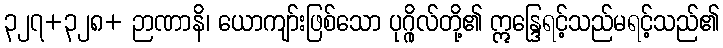
၃၂၇+၃၂၈+ ဉာဏာနိ၊ ယောကျာ်းဖြစ်သော ပုဂ္ဂိုလ်တို့၏ ဣန္ဒြေရင့်သည်မရင့်သည်၏